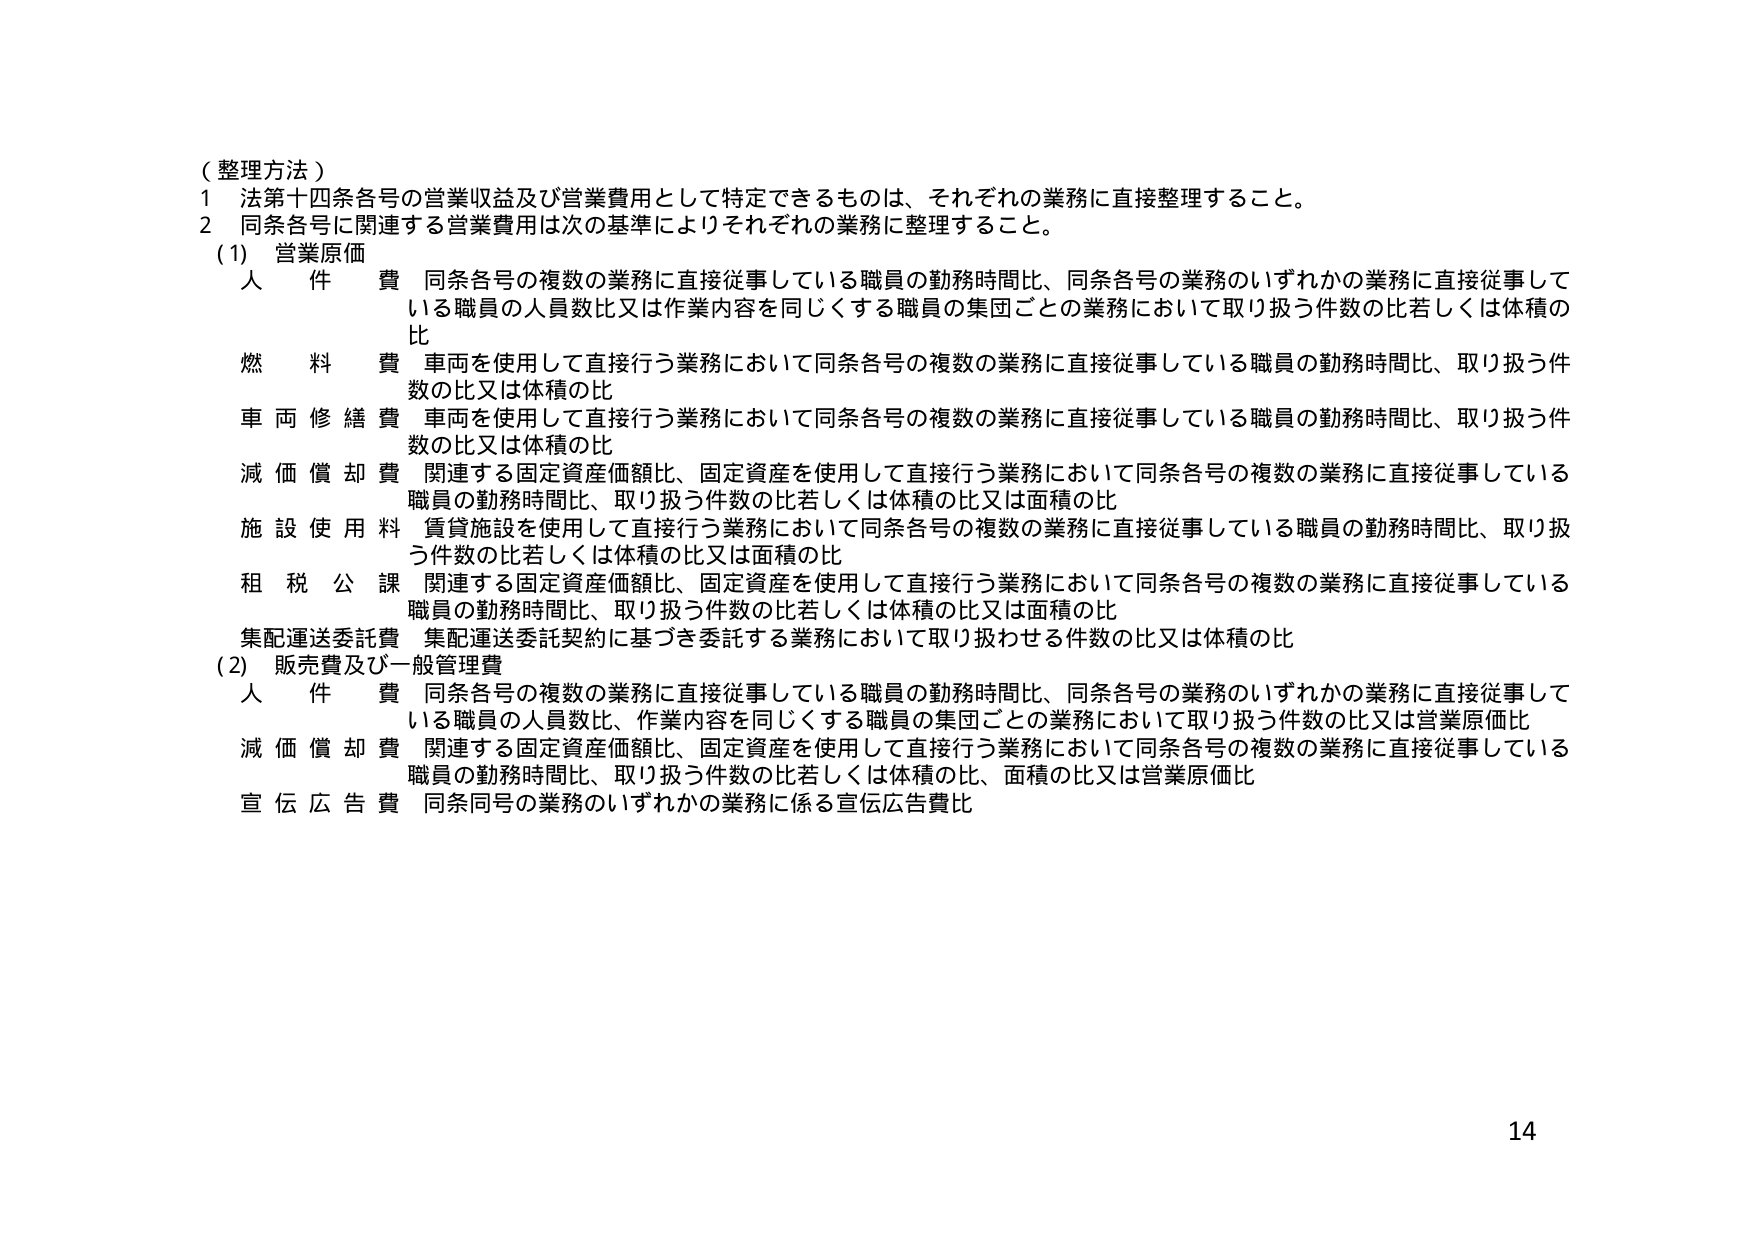
（整理方法）
1 法第十四条各号の営業収益及び営業費用として特定できるものは、それぞれの業務に直接整理すること。
2 同条各号に関連する営業費用は次の基準によりそれぞれの業務に整理すること。
(1) 営業原価
人件費 同条各号の複数の業務に直接従事している職員の勤務時間比、同条各号の業務のいずれかの業務に直接従事している職員の人員数比又は作業内容を同じくする職員の集団ごとの業務において取り扱う件数の比若しくは体積の比
燃料費 車両を使用して直接行う業務において同条各号の複数の業務に直接従事している職員の勤務時間比、取り扱う件数の比又は体積の比
車両修繕費 車両を使用して直接行う業務において同条各号の複数の業務に直接従事している職員の勤務時間比、取り扱う件数の比又は体積の比
減価償却費 関連する固定資産価額比、固定資産を使用して直接行う業務において同条各号の複数の業務に直接従事している職員の勤務時間比、取り扱う件数の比若しくは体積の比又は面積の比
施設使用料 賃貸施設を使用して直接行う業務において同条各号の複数の業務に直接従事している職員の勤務時間比、取り扱う件数の比若しくは体積の比又は面積の比
租税公課 関連する固定資産価額比、固定資産を使用して直接行う業務において同条各号の複数の業務に直接従事している職員の勤務時間比、取り扱う件数の比若しくは体積の比又は面積の比
集配運送委託費 集配運送委託契約に基づき委託する業務において取り扱わせる件数の比又は体積の比
(2) 販売費及び一般管理費
人件費 同条各号の複数の業務に直接従事している職員の勤務時間比、同条各号の業務のいずれかの業務に直接従事している職員の人員数比、作業内容を同じくする職員の集団ごとの業務において取り扱う件数の比又は営業原価比
減価償却費 関連する固定資産価額比、固定資産を使用して直接行う業務において同条各号の複数の業務に直接従事している職員の勤務時間比、取り扱う件数の比若しくは体積の比、面積の比又は営業原価比
宣伝広告費 同条同号の業務のいずれかの業務に係る宣伝広告費比
14